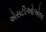
એસટીઓએલ